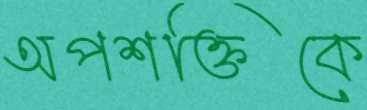
অপশক্তিকে